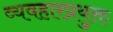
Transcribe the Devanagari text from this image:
व्यवहारप्रयुक्त